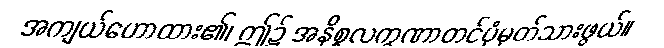
အကျယ်ဟောထား၏၊ ဤ၌ အနိစ္စလက္ခဏာတင်ပုံမှတ်သားဖွယ်။